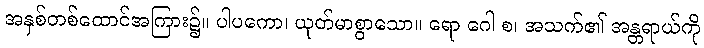
အနှစ်တစ်ထောင်အကြား၌။ ပါပကော၊ ယုတ်မာစွာသော။ ရော ဂေါ စ၊ အသက်၏ အန္တရာယ်ကို